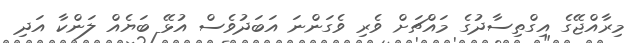
މިރާއްޖޭގެ އިގްތިސާދުގެ މައްޗަށް ވެރި ވެގަންނަ އަބަދުވެސް އުޅޭ ބަޔެއް ލަންކާ އަދި